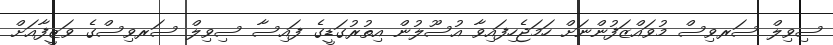
ސިވިލް ސަރވިސް މުވައްޒަފުންނަށް ހަމަޖެހިފައިވާ އުސޫލުން އިތުރުގަޑީގެ ފައިސާ ސިވިލް ސަރވިސްގެ ވަޒީފާއަށް